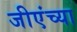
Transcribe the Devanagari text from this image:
जीएंच्या